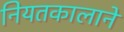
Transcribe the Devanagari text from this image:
नियतकालाने